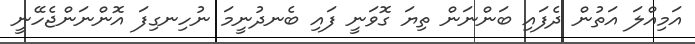
އަމިއްލަ އަތުން ދެފައި ބަންނަން ތިޔަ ގޮވަނީ ފައި ބެނދުނީމަ ނުހިނގިފަ އޮންނަންޖެހޭނީ